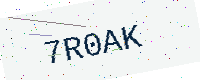
Text: 7R0AK